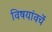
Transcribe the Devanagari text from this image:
विषयांवर्चे